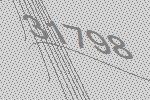
31798